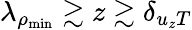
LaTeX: \lambda_{\rho_{\mathrm{min}}}\gtrsim z\gtrsim\delta_{{u_{z}}T}